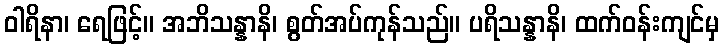
ဝါရိနာ၊ ရေဖြင့်။ အဘိသန္နာနိ၊ စွတ်အပ်ကုန်သည်။ ပရိသန္နာနိ၊ ထက်ဝန်းကျင်မှ